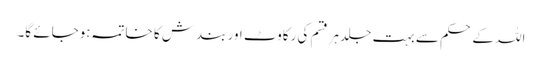
اللہ کے حکم سے بہت جلد ہرقسم کی رکاوٹ اور بندش کا خاتمہ ہوجائے گا۔